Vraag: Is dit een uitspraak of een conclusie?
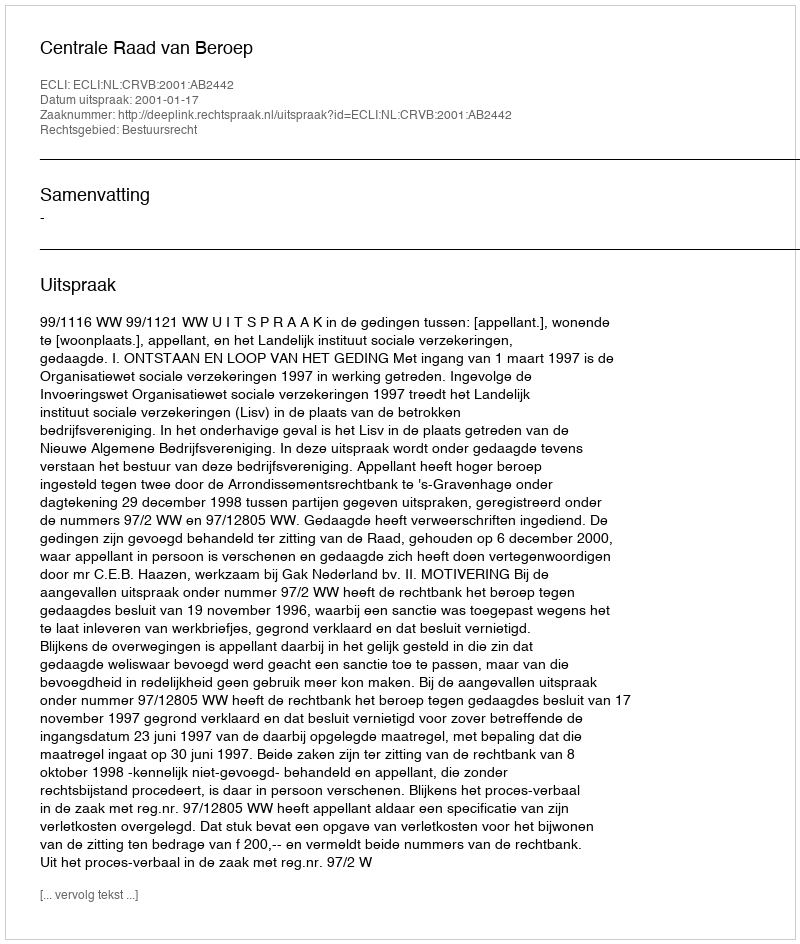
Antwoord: Uitspraak